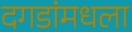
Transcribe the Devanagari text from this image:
दगडांमधला